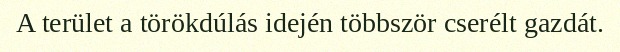
A terület a törökdúlás idején többször cserélt gazdát.